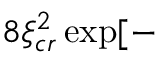
8 \xi _ { c r } ^ { 2 } \exp [ -